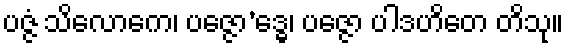
ပဇ္ဇံ သိလောကေ၊ ပဇ္ဇော’ဒ္ဓေ၊ ပဇ္ဇော ပါဒဟိတေ တိသု။